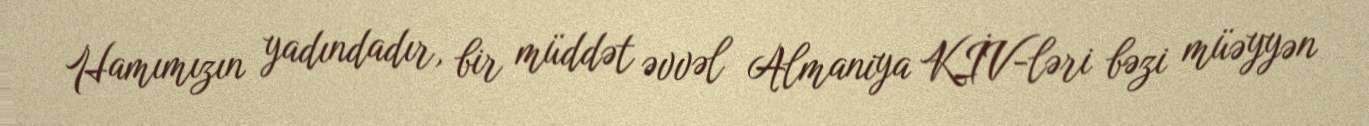
Hamımızın yadındadır, bir müddət əvvəl Almaniya KİV-ləri bəzi müəyyən